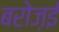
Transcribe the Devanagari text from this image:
बरोज़ई